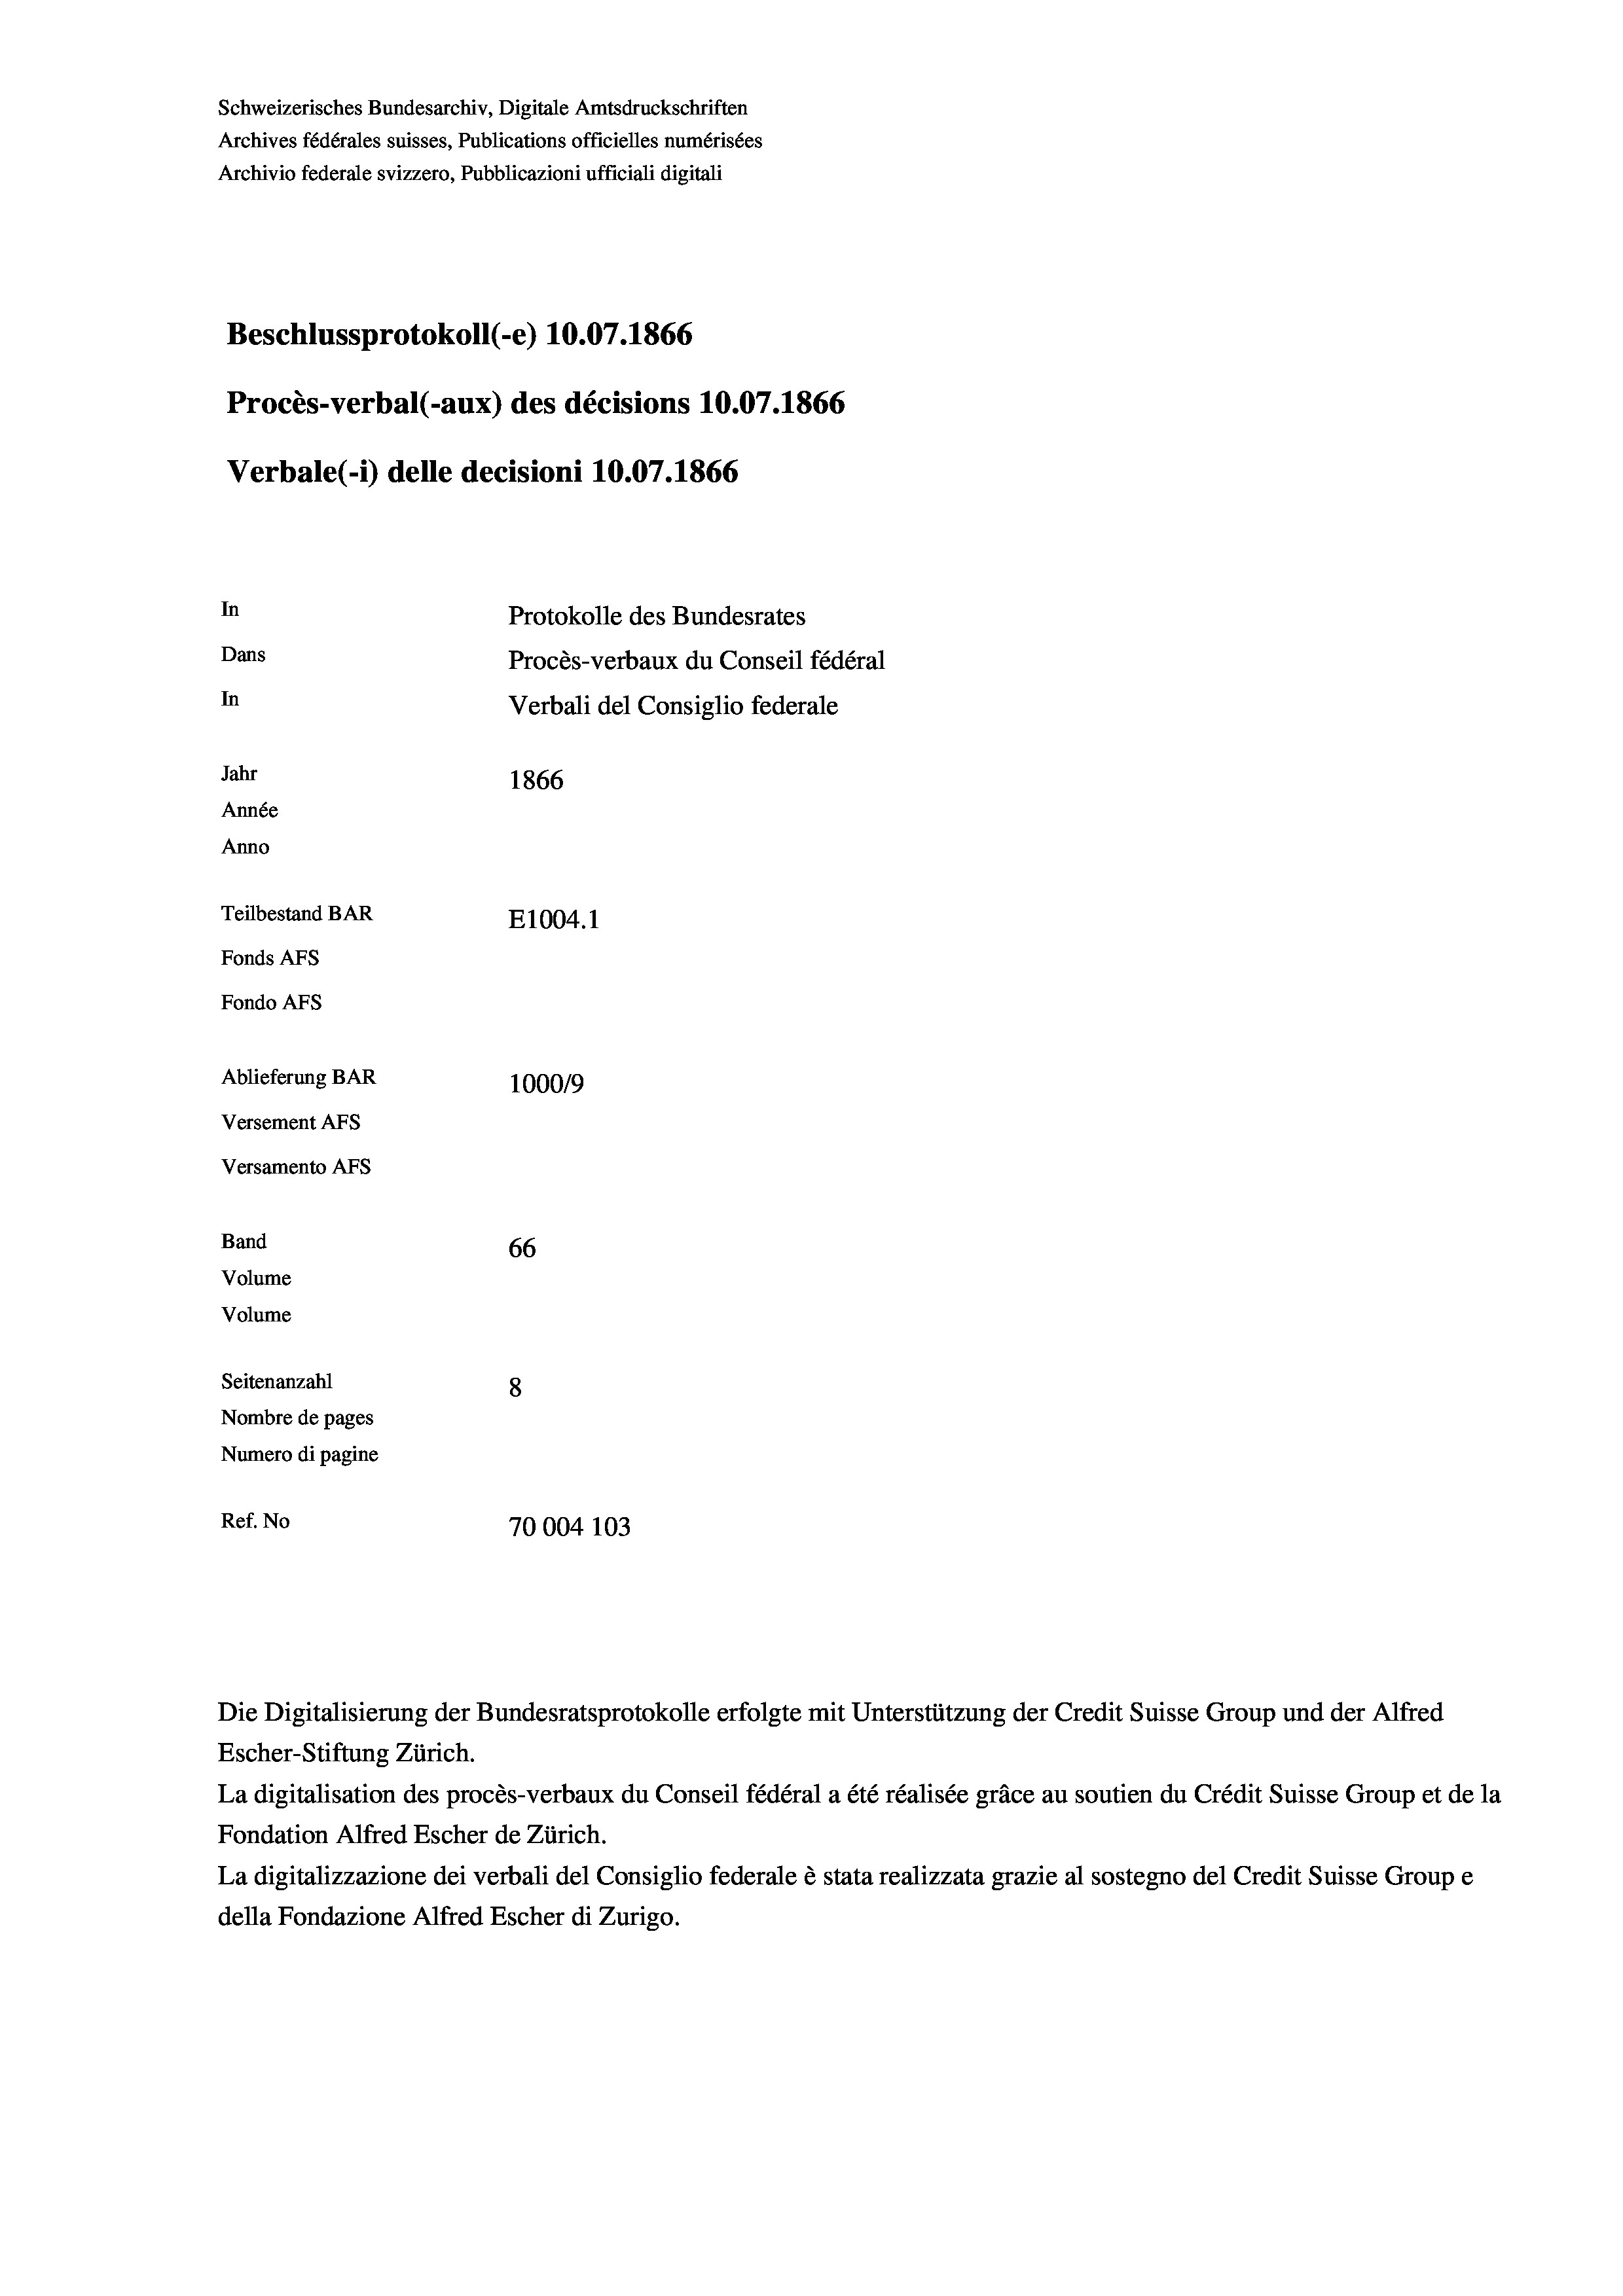
Schweizerisches Bundesarchiv, Digitale Amtsdruckschriften
Archives fédérales suisses, Publications officielles numérisées
Archivio federale svizzero, Pubblicazioni ufficiali digitali
Beschlussprotokoll (-e) 10.07. 1866
Procès-verbal (-aux) des décisions 10.07.1866
Verbale (1) delle decisioni 10.07. 1866
In
Protokolle des Bundesrates
Dans
Procès-verbaux du Conseil fédéral
In
Verbali del Consiglio federale
Jahr
1866
Année
Anno
Teilbestand BAR
E1004. 1
Fonds AFs
Fondo AFs
Ablieferung BAR
100019
Versement Abs
Versamento Afs
Band
66
Volume
Volume
Seitenanzahl
8
Nombre de pages
Numero di pagine
Ref. No
70004 103

Escher-Stiftung Zürich.
La digitalisation des procès-verbaux du Conseil fédéral a été réalisée gräce au soutien du Crédit Suisse Group et de la
Fondation Alfred Escher de Zürich.
La digitalizzazione dei verbali del Consiglio federale è stata realizzata grazie al sostegno del Credit Suisse Groupe
della Fondazione Alfred Escher di Zurigo.

Die Digitalisierung der Bundesratsprotokolle erfolgte mit Unterstützung der Credit Suisse Group und der Alfred